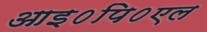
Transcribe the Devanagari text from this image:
आइ०पि०एल